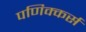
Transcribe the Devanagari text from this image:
पणिक्कर्स